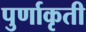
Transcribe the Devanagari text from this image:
पुर्णाकृती